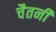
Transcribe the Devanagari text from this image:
चैतनी